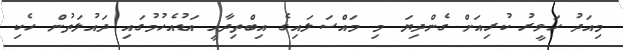
މިއަދު ހަވީރު ކުރިއަށް ގެންދިޔަ މި މައްސަލައިގެ އިބްތިދާއީ އަޑުއެހުމުގައި ދައުލަތުން ހެކި